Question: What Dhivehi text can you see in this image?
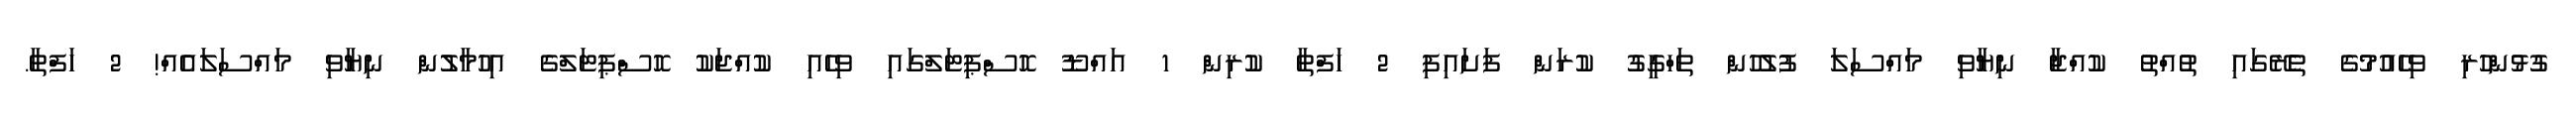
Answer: ގުޅުންހުރި ވިހެއުމުގެ ތެރޭގައި ތުއްތު ކުއްޖާ ނިޔާވި މައްސަލަ ފުލުހުން ތަހްގީގު ކުރަން ފަށައިފި 2 ހަފްތާ ކުރިން 1 އައްޑޫ ހޮސްޕިޓަލްގައި ވިހެއި ކުއްޖަކު ހޮސްޕިޓަލްގެ އިހުމާލުން ނިޔާވި މައްސަލައެއް! 2 ހަފްތާ.